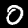
Label: 0